Indian journal of veterinary science and animal husbandry - Volume 6,
Year: 1936
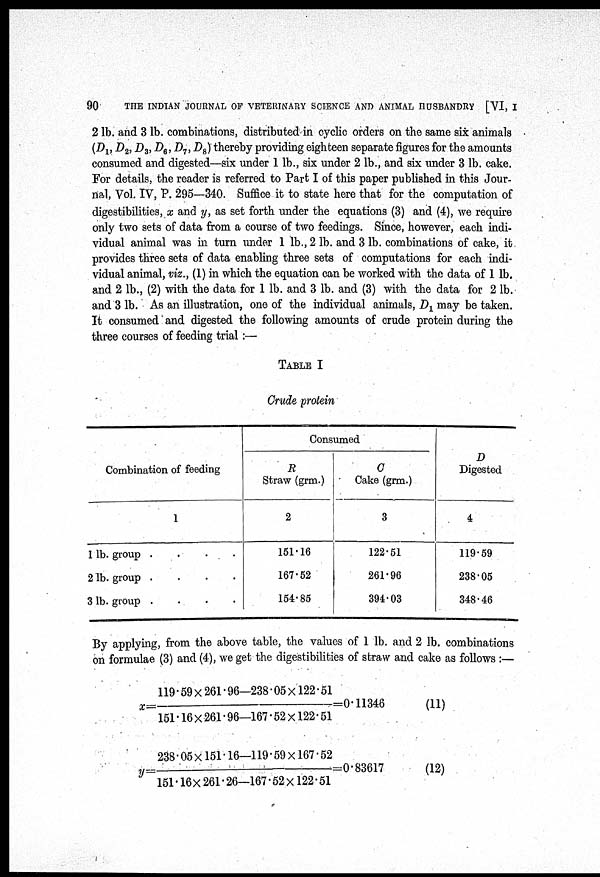
90
THE INDIAN JOURNAL OF VETERINARY SCIENCE AND ANIMAL HUSBANDRY [VI, I
2 lb. and 3 lb. combinations, distributed in cyclic orders on the same six animals
(D 1 , D 2 , D 3 , D 6 ,D 7 , D 8 ) thereby providing eighteen separate figures for the amounts
consumed and digested—six under 1 lb., six under 2 lb., and six under 3 lb. cake.
For details, the reader is referred to Part I of this paper published in this Jour-
nal, Vol. IV, P. 295—340. Suffice it to state here that for the computation of
digestibilities, x and y, as set forth under the equations (3) and (4), we require
only two sets of data from a course of two feedings. Since, however, each indi-
vidual animal was in turn under 1 lb., 2 lb. and 3 lb. combinations of cake, it
provides three sets of data enabling three sets of computations for each indi-
vidual animal, viz., (1) in which the equation can be worked with the data of 1 lb.
and 2 lb., (2) with the data for 1 lb. and 3 lb. and (3) with the data for 2 lb.
and 3 lb. As an illustration, one of the individual animals, D 1 may be taken.
It consumed and digested the following amounts of crude protein during the
three courses of feeding trial:—
TABLE I
Crude protein
Combination of feeding
1
1 lb. group
....
2 lb. group
....
3 lb. group
....
Consumed
R
Straw (grm.)
2
151.16
167.52
154.85
C
Cake (grm.)
3
122.51
261.96
394.03
D
Digested
4
119.59
238.05
348.46
By applying, from the above table, the values of 1 lb. and 2 lb. combinations
on formulae (3) and (4), we get the digestibilities of straw and cake as follows :—
x =
119.59×261.96—238.05×122.51
151.16× 261.96—167.52×122.51
=0.11346
(11)
y=
238.05×151.16—119.59×167.52
151.16×261.26—167.52×122.51
=0.83617
(12)